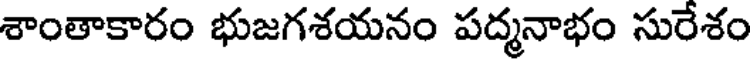
శాంతాకారం భుజగశయనం పద్మనాభం సురేశం